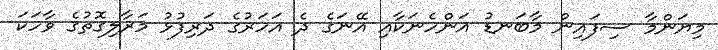
މިޔަންމާ ސިފައިން މާބަނޑު އަންހެނަކާއި އޭނަގެ ދެ އަހަރުގެ ދަރިފުޅު މަރާލިގޮތުގެ ވާހަކަ